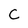
Character: C